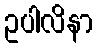
ဥပါလိနာ